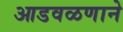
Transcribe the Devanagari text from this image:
आडवळणाने